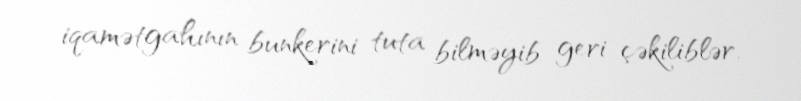
iqamətgahının bunkerini tuta bilməyib geri çəkiliblər.